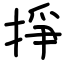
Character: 掙